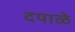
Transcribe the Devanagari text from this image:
दयाळे